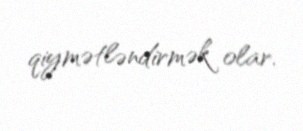
qiymətləndirmək olar.